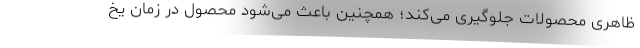
ظاهری محصولات جلوگیری می‌کند؛ همچنین باعث می‌شود محصول در زمان یخ